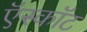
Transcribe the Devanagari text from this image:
ऍस्कॉट